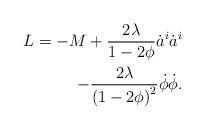
LaTeX: \begin{align*}L = -M +{2\lambda\over 1-2\phi} \dot{a}^i\dot{a}^i\\-{2\lambda\over {(1-2\phi)}^2} \dot{\phi}\dot{\phi}.\end{align*}